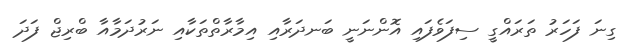
ގިނަ ފަހަރު ތަރައްގީ ސިފަވެފައި އޮންނަނީ ބަނދަރާއި އިމާރާތްތަކާއި ނަރުދަމާއާ ބްރިޖް ފަދަ